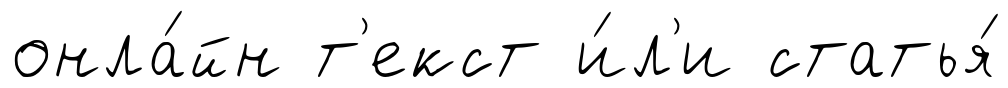
онла́йн т'екст и́л'и статья́